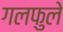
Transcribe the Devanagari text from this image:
गलफुले